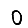
Digit: 0